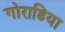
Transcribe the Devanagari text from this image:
गोराडिया